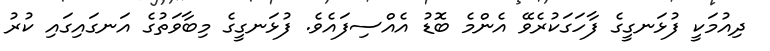
ދިއުމަކީ ފުޅަނގީގެ ފާހަގަކުރެވޭ އެންމެ ބޮޑު އެއްސިފައެވެ. ފުޅަނގީގެ މިބާވަތުގެ އަނގައިގައި ކުރު